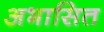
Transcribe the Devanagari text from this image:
अभासित